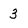
Character: 3